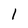
Character: 1